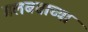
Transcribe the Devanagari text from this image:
गलबताच्या